Civil Veterinary Department Bihar reports 1936-40 - 1936-1940
Year: 1936
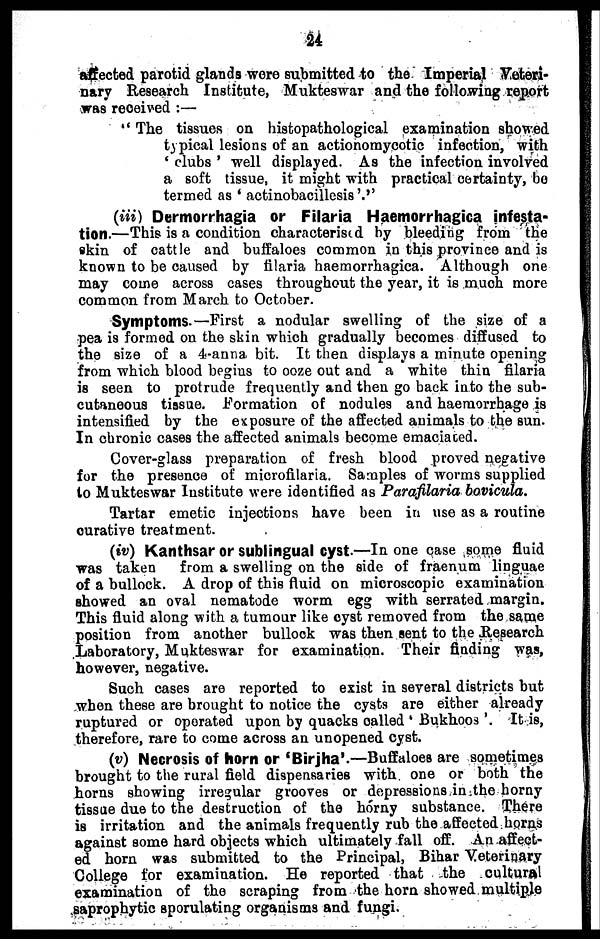
24
affected parotid glands were submitted to the Imperial Veteri-
nary Research Institute, Mukteswar and the following report
was received:—
"The tissues on histopathological examination showed
typical lesions of an actionomycotic infection, with
'clubs' well displayed. As the infection involved
a soft tissue, it might with practical certainty, bo
termed as 'actinobacillesis'."
(iii) Dermorrhagia or Filaria Haemorrhagica infesta-
tion.—This is a condition characterised by bleeding from the
skin of cattle and buffaloes common in this province and is
known to be caused by filaria haemorrhagica. Although one
may come across cases throughout the year, it is much more
common from March to October.
Symptoms.—First a nodular swelling of the size of a
pea is formed on the skin which gradually becomes diffused to
the size of a 4-anna bit. It then displays a minute opening
from which blood begins to ooze out and a white thin filaria
is seen to protrude frequently and then go back into the sub-
cutaneous tissue. Formation of nodules and haemorrhage is
intensified by the exposure of the affected animals to the sun.
In chronic cases the affected animals become emaciated.
Cover-glass preparation of fresh blood proved negative
for the presence of microfilaria. Samples of worms supplied
to Mukteswar Institute were identified as Parafilaria bovicula.
Tartar emetic injections have been in use as a routine
curative treatment.
(iv) Kanthsar or sublingual cyst.—In one case some fluid
was taken
from a swelling on the side of fraenum linguae
of a bullock. A drop of this fluid on microscopic examination
showed an oval nematode worm egg with serrated margin.
This fluid along with a tumour like cyst removed from the same
position from another bullock was then sent to the Research
Laboratory, Mukteswar for examination. Their finding was,
however, negative.
Such cases are reported to exist in several districts but
when these are brought to notice the cysts are either already
ruptured or operated upon by quacks called 'Bukhoos'. It is,
therefore, rare to come across an unopened cyst.
(v) Necrosis of horn or 'Birjha'.—Buffaloes are sometimes
brought to the rural field dispensaries with one or both the
horns showing irregular grooves or depressions in the horny
tissue due to the destruction of the horny substance. There
is irritation and the animals frequently rub the affected horns
against some hard objects which ultimately fall off. An affect-
ed horn was submitted to the Principal, Bihar Veterinary
College for examination. He reported that the cultural
examination of the scraping from the horn showed multiple
saprophytic sporulating organisms and fungi.